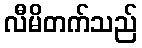
လီမိတက်သည်